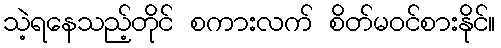
သဲ့ရနေသည့်တိုင် စကားလက် စိတ်မဝင်စားနိုင်။